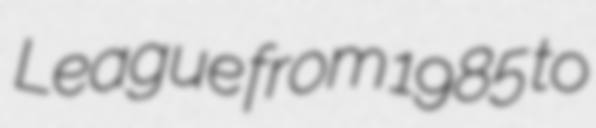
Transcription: League from 1985 to